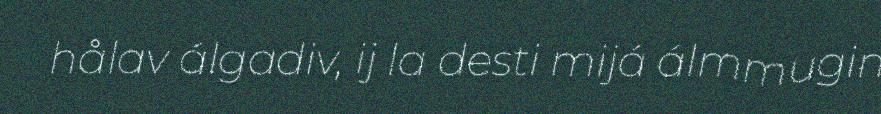
hålav álgadiv, ij la desti mijá álmmugin